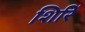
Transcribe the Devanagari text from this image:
शिरिं